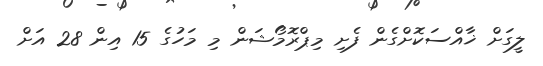
ލީގަށް ޚާއްސަކޮށްގެން ފެށި މިޕްރޮމޯޝަން މި މަހުގެ 15 އިން 28 އަށް